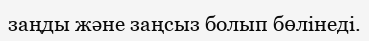
заңды және заңсыз болып бөлінеді.